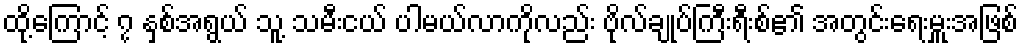
ထို့ကြောင့် ၇ နှစ်အရွယ် သူ့ သမီးငယ် ပါမယ်လာကိုလည်း ဗိုလ်ချုပ်ကြီးရီးစ်၏ အတွင်းရေးမှူးအဖြစ်